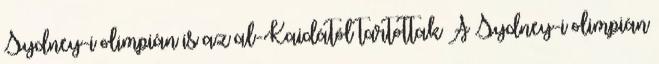
Sydney-i olimpián is az al-Kaidától tartottak A Sydney-i olimpián